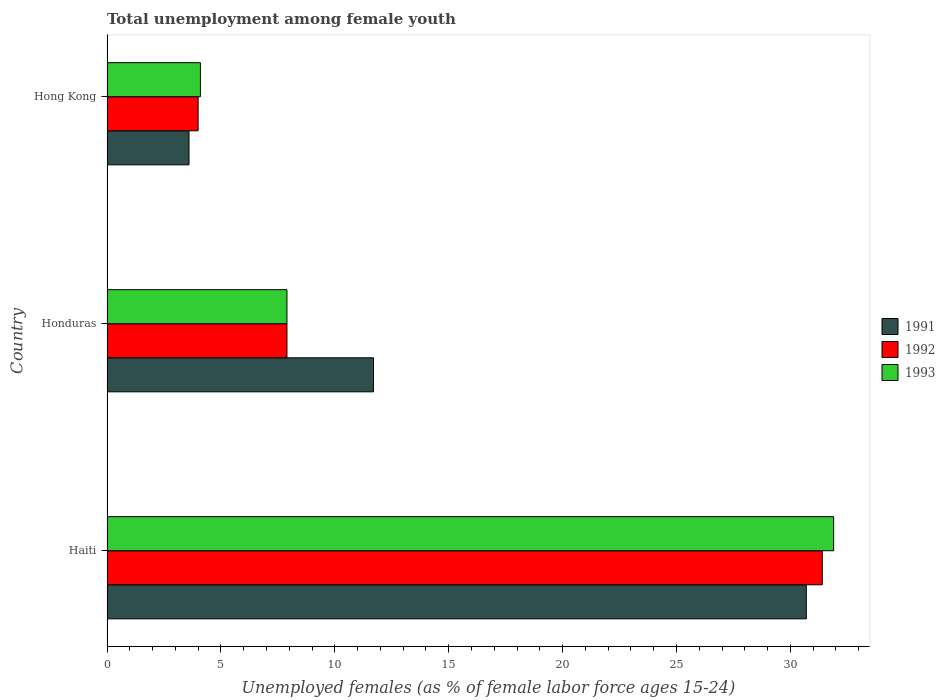
| Country | 1991 | 1992 | 1993 |
 | --- | --- | --- | --- |
 | Haiti | 30.7 | 31.4 | 31.9 |
 | Honduras | 11.7 | 7.9 | 7.9 |
 | Hong Kong | 3.6 | 4 | 4.1 |